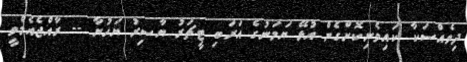
ދިވެއްސަކާ ކައިވެނިކޮށްގެން އުޅޭ ޔަމަނުގެ އަރަބި ޓީޗަރު ޔާސިރު ޔަހުޔާ -- ރާއްޖެއެމްވީ